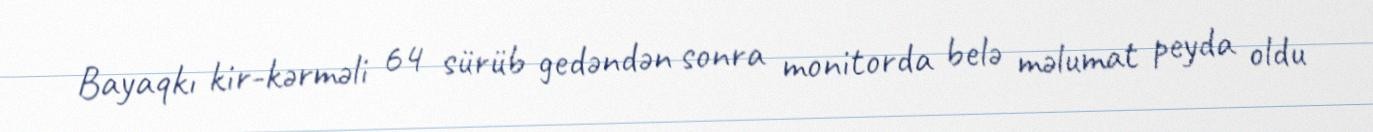
Bayaqkı kir-kərməli 64 sürüb gedəndən sonra monitorda belə məlumat peyda oldu